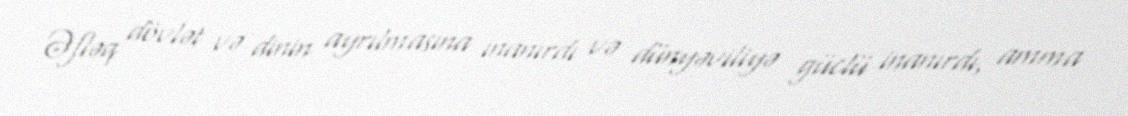
Əfləq dövlət və dinin ayrılmasına inanırdı və dünyəviliyə güclü inanırdı, amma